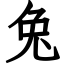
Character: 兔